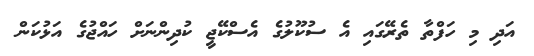
އަދި މި ހަފްތާ ތެރޭގައި އެ ސުކޫލުގެ އެސްކޭޖީ ކުދިންނަށް ހައްޖުގެ އަޅުކަން